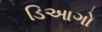
ડિઆગો